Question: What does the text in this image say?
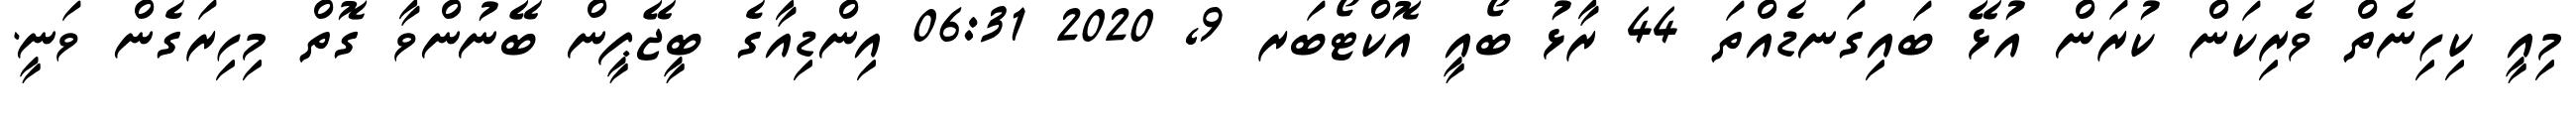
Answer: މިއީ ކިހިނެތް ވެރިކަން ކުރަން އުޅޭ ބައިގަނޑެއްތަ 44 ރާޅު ބޯއީ އޮކްޓޯބަރ 9, 2020 06:31 އިންޑިއާގެ ބީޖޭޕީން ބޭނުންވާ ގޮތް މިހިރަގެން ވަނީ.